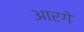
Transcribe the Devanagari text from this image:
आरगे